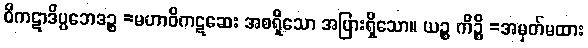
ဝိကဋာဒိပ္ပဘေဒဉ္စ =မဟာဝိကဋဆေး အစရှိသော အပြားရှိသော။ ယဉ္စ ကိဉ္စိ =အမှတ်မထား